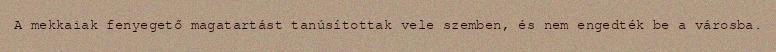
A mekkaiak fenyegető magatartást tanúsítottak vele szemben, és nem engedték be a városba.